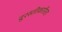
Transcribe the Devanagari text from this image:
दुरस्तीकारिता